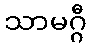
သာမဂ္ဂီ